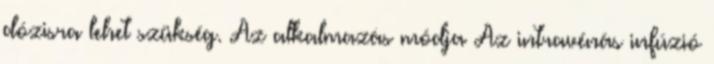
dózisra lehet szükség. Az alkalmazás módja Az intravénás infúzió